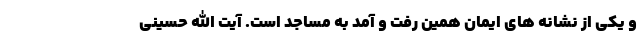
و یکی از نشانه های ایمان همین رفت و آمد به مساجد است. آیت الله حسینی